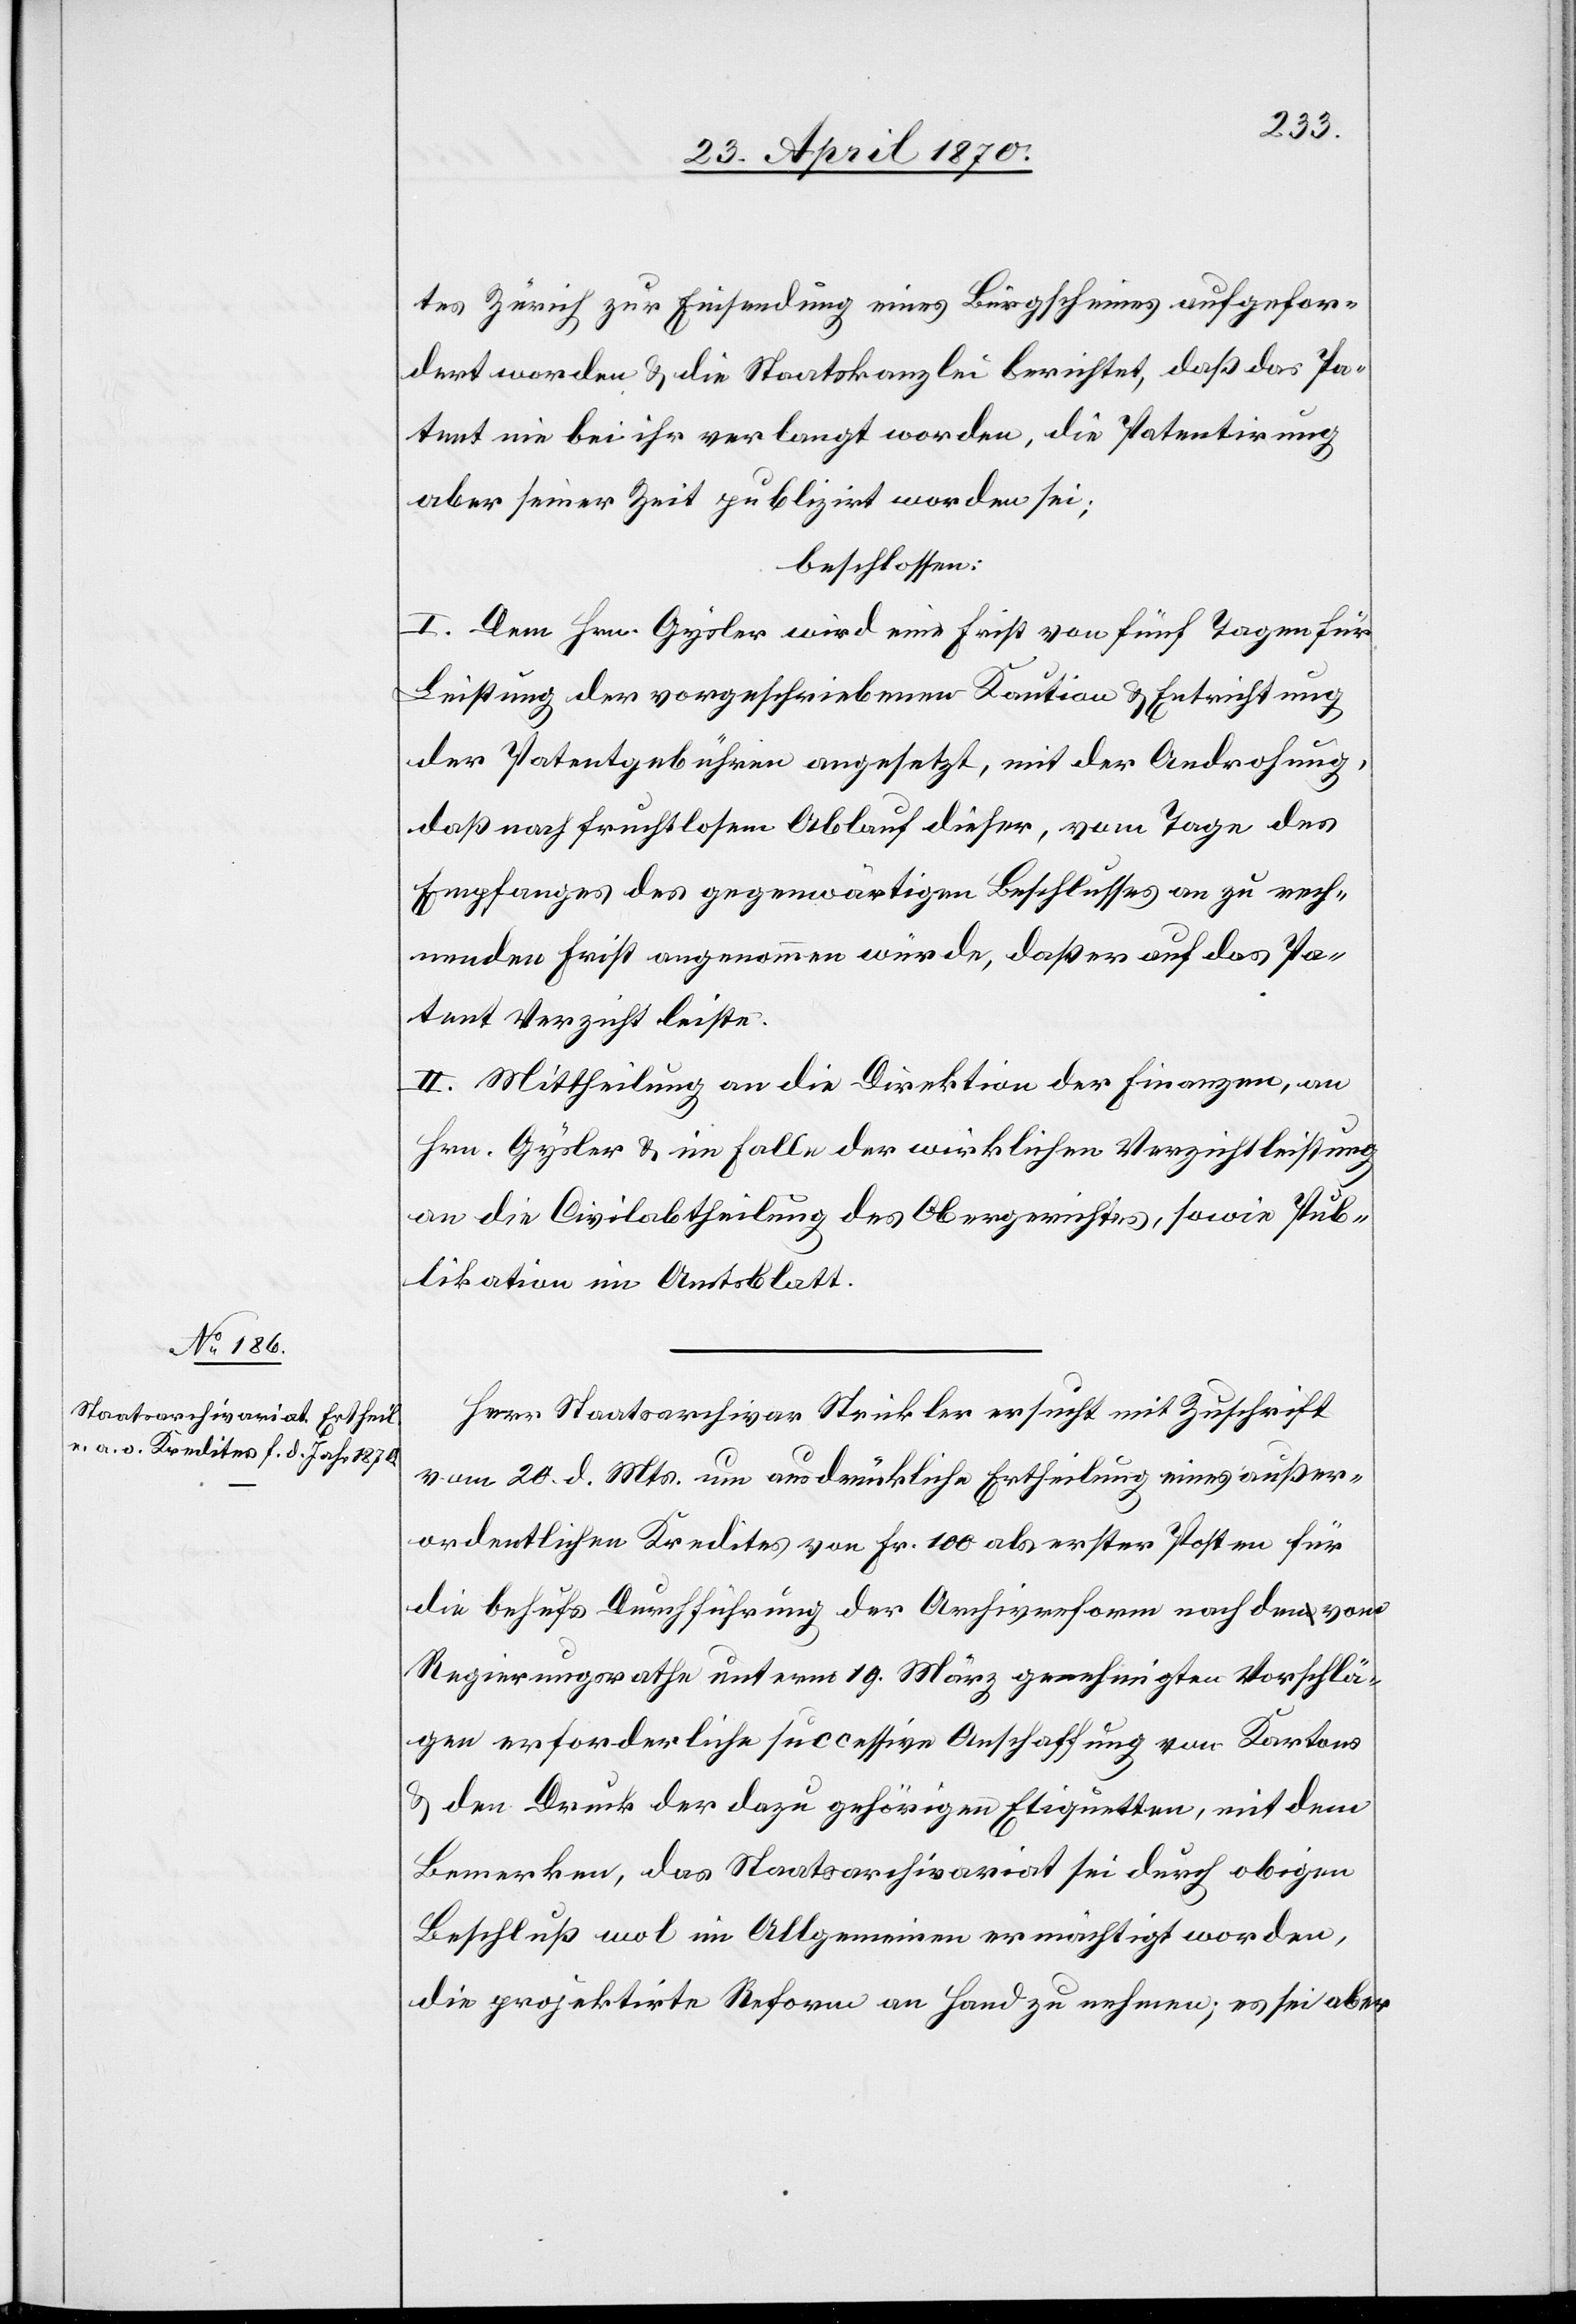
tes Zürich zur Einsendung eines Bürgscheines aufgefor¬
dert worden & die Staatskanzlei berichtet, daß das Pa¬
tent nie bei ihr verlangt worden, die Patentirung
aber seiner Zeit publizirt worden sei;
beschlossen:
I. Dem Hrn. Gysler wird eine Frist von fünf Tagen für
Leistung der vorgeschriebenen Kaution & Entrichtung
der Patentgebühren angesetzt, mit der Androhung,
daß nach fruchtlosem Ablauf dieser, vom Tage des
Empfanges des gegenwärtigen Beschlusses an zu rech¬
nenden Frist angenommen würde, daß er auf das Pa¬
tent Verzicht leiste.
II. Mittheilung an die Direktion der Finanzen, an
Hrn. Gysler & im Falle der wirklichen Verzichtleistung
an die Civilabtheilung des Obergerichtes, sowie Pub¬
likation im Amtsblatt.
Herr Staatsarchivar Strickler ersucht mit Zuschrift
vom 20. d. Mts. um ausdrückliche Ertheilung eines außer¬
ordentlichen Kredites von Fr. 100 als erster Posten für
die behufs Durchführung der Archivreform nach den vom
Regierungsrathe unterm 19. März genehmigten Vorschlä¬
gen erforderliche successive Anschaffung von Kartons
& dem Druck der dazu gehörigen Etiquetten, mit dem
Bemerken, das Staatsarchivariat sei durch obigen
Beschluß wol im Allgemeinen ermächtigt worden,
die projektirte Reform an Hand zu nehmen; es sei aber